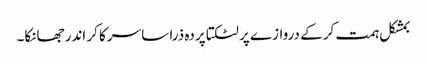
بمشکل ہمت کر کے دروازے پر لٹکتا پردہ ذرا سا سرکا کر اندر جھانکا۔